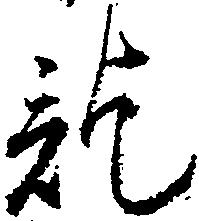
訖